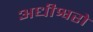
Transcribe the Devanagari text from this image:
अधीश्वरो